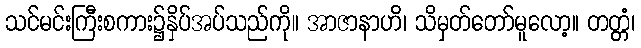
သင်မင်းကြီးစကား၌နှိပ်အပ်သည်ကို။ အာဇာနာဟိ၊ သိမှတ်တော်မူလော့။ တတ္တံ၊